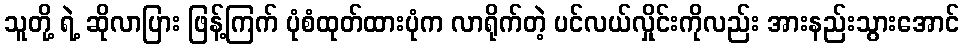
သူတို့ ရဲ့ ဆိုလာပြား ဖြန့်ကြက် ပုံစံထုတ်ထားပုံက လာရိုက်တဲ့ ပင်လယ်လှိုင်းကိုလည်း အားနည်းသွားအောင်